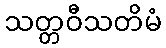
သတ္တဝီသတိမံ